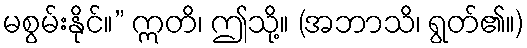
မစွမ်းနိုင်။” ဣတိ၊ ဤသို့။ (အဘာသိ၊ ရွတ်၏။)